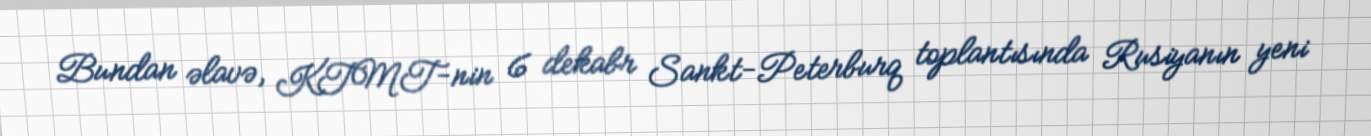
Bundan əlavə, KTMT-nin 6 dekabr Sankt-Peterburq toplantısında Rusiyanın yeni